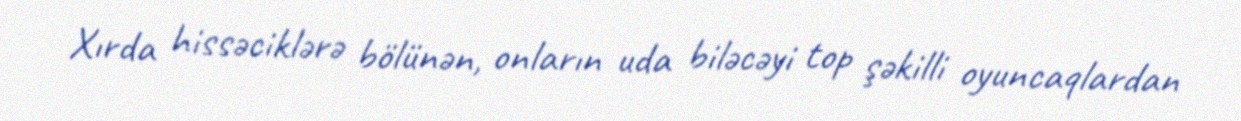
Xırda hissəciklərə bölünən, onların uda biləcəyi top şəkilli oyuncaqlardan